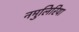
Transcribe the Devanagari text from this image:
नमुलिरिया